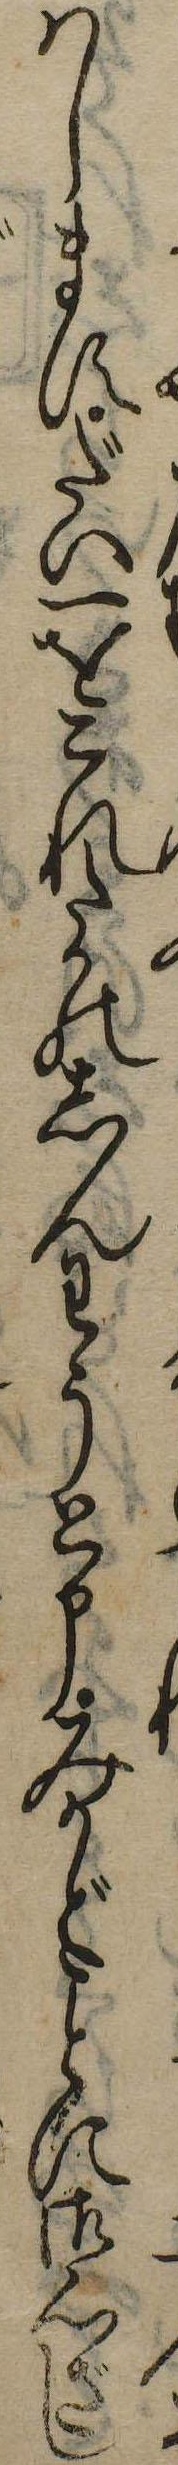
はしますだい一をこれたかのしんわうと申みかどに御心ざし